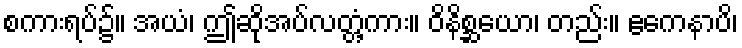
စကားရပ်၌။ အယံ၊ ဤဆိုအပ်လတ္တံ့ကား။ ဝိနိစ္ဆယော၊ တည်း။ ဧကေနာပိ၊